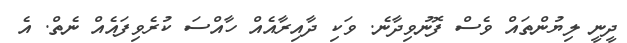
ދީނީ ލިޔުންތައް ވެސް ފޮނުވިދާނެ. ވަކި ދާއިރާއެއް ހާއްސަ ކުރެވިފައެއް ނެތް. އެ